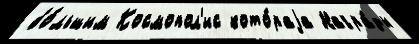
бо́льшим Космопол'ис кото́раjа Награ́ды